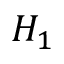
H _ { 1 }